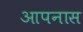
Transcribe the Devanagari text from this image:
आपनास